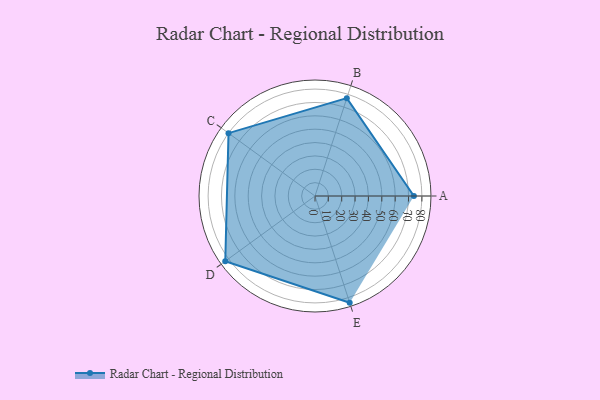
{"axis": {"x": "Skill", "y": "Score"}, "legend": ["Profile"], "data": [{"x": "A", "y": 74.0, "type": "Profile"}, {"x": "B", "y": 77.0, "type": "Profile"}, {"x": "C", "y": 80.0, "type": "Profile"}, {"x": "D", "y": 83.0, "type": "Profile"}, {"x": "E", "y": 84.0, "type": "Profile"}]}